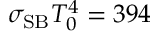
\sigma _ { \mathrm { S B } } T _ { 0 } ^ { 4 } = 3 9 4